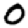
Digit: 0